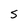
Character: S